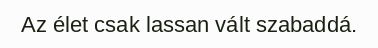
Az élet csak lassan vált szabaddá.